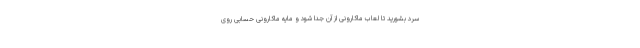
سرد بشورید تا لعاب ماکارونی از آن جدا شود و مایه ماکارونی حسابی روی